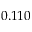
0 . 1 1 0